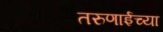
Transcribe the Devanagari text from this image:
तरुणाईच्या